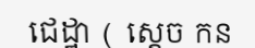
ជេដ្ឋា ( ស្តេច កន